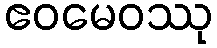
ဧဝမေဝဿု